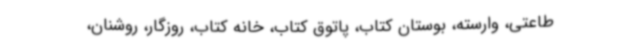
طاعتی، وارسته، بوستان کتاب، پاتوق کتاب، خانه کتاب، روزگار، روشنان،